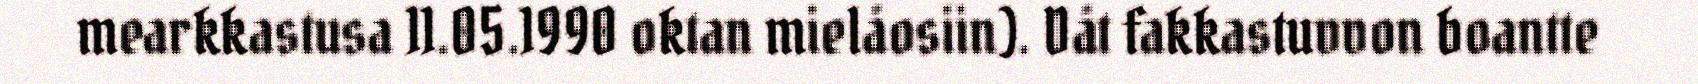
mearkkastusa 11.05.1990 oktan mielåosiin). Dåt fakkastuvvon boantte